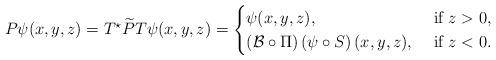
LaTeX: \begin{align*}P\psi(x,y,z) = T^\star\widetilde {P}T\psi(x,y,z) = \begin{cases}\psi(x,y,z),&\mbox{ if }z>0,\\\left( \mathcal{B}\circ \Pi\right) \left( {\psi}\circ S\right) (x,y,z), &\mbox{ if }z<0.\end{cases}\end{align*}